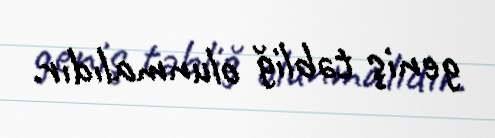
geniş təbliğ olunmalıdır.